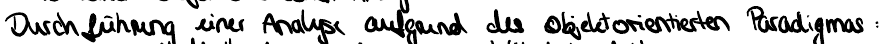
Durchführung einer Analyse aufgrund des objektorientierten Paradigmas: